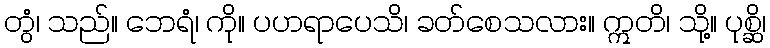
တွံ၊ သည်။ ဘေရံ၊ ကို။ ပဟရာပေသိ၊ ခတ်စေသလား။ ဣတိ၊ သို့။ ပုစ္ဆိ၊